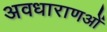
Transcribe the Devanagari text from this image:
अवधाराणओं